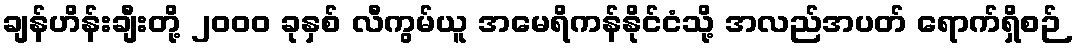
ချန်ဟိန်းချီးတို့ ၂၀၀၀ ခုနှစ် လီကွမ်ယူ အမေရိကန်နိုင်ငံသို့ အလည်အပတ် ရောက်ရှိစဉ်